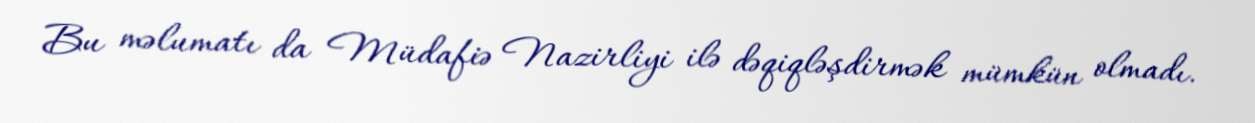
Bu məlumatı da Müdafiə Nazirliyi ilə dəqiqləşdirmək mümkün olmadı.